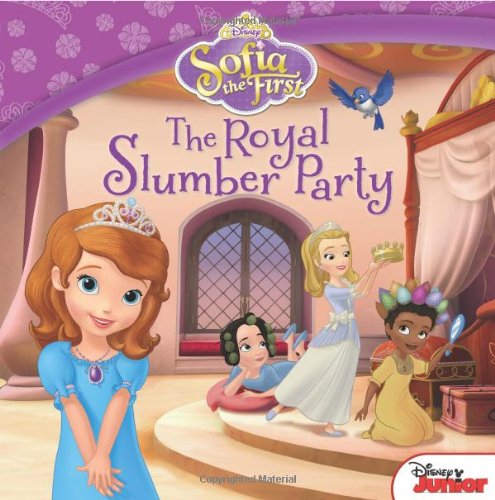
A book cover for Sofia the First The Royal Slumber Party; Disney Book Group; Children's Books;